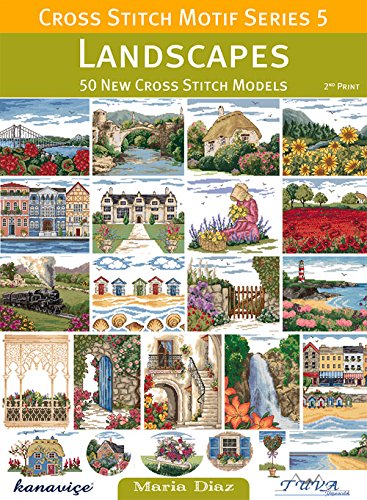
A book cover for Cross Stitch Motif Series 5: Landscapes: 50 New Cross Stitch Models; Maria Diaz; Crafts, Hobbies & Home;